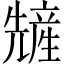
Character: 𫤢